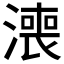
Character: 𣾓